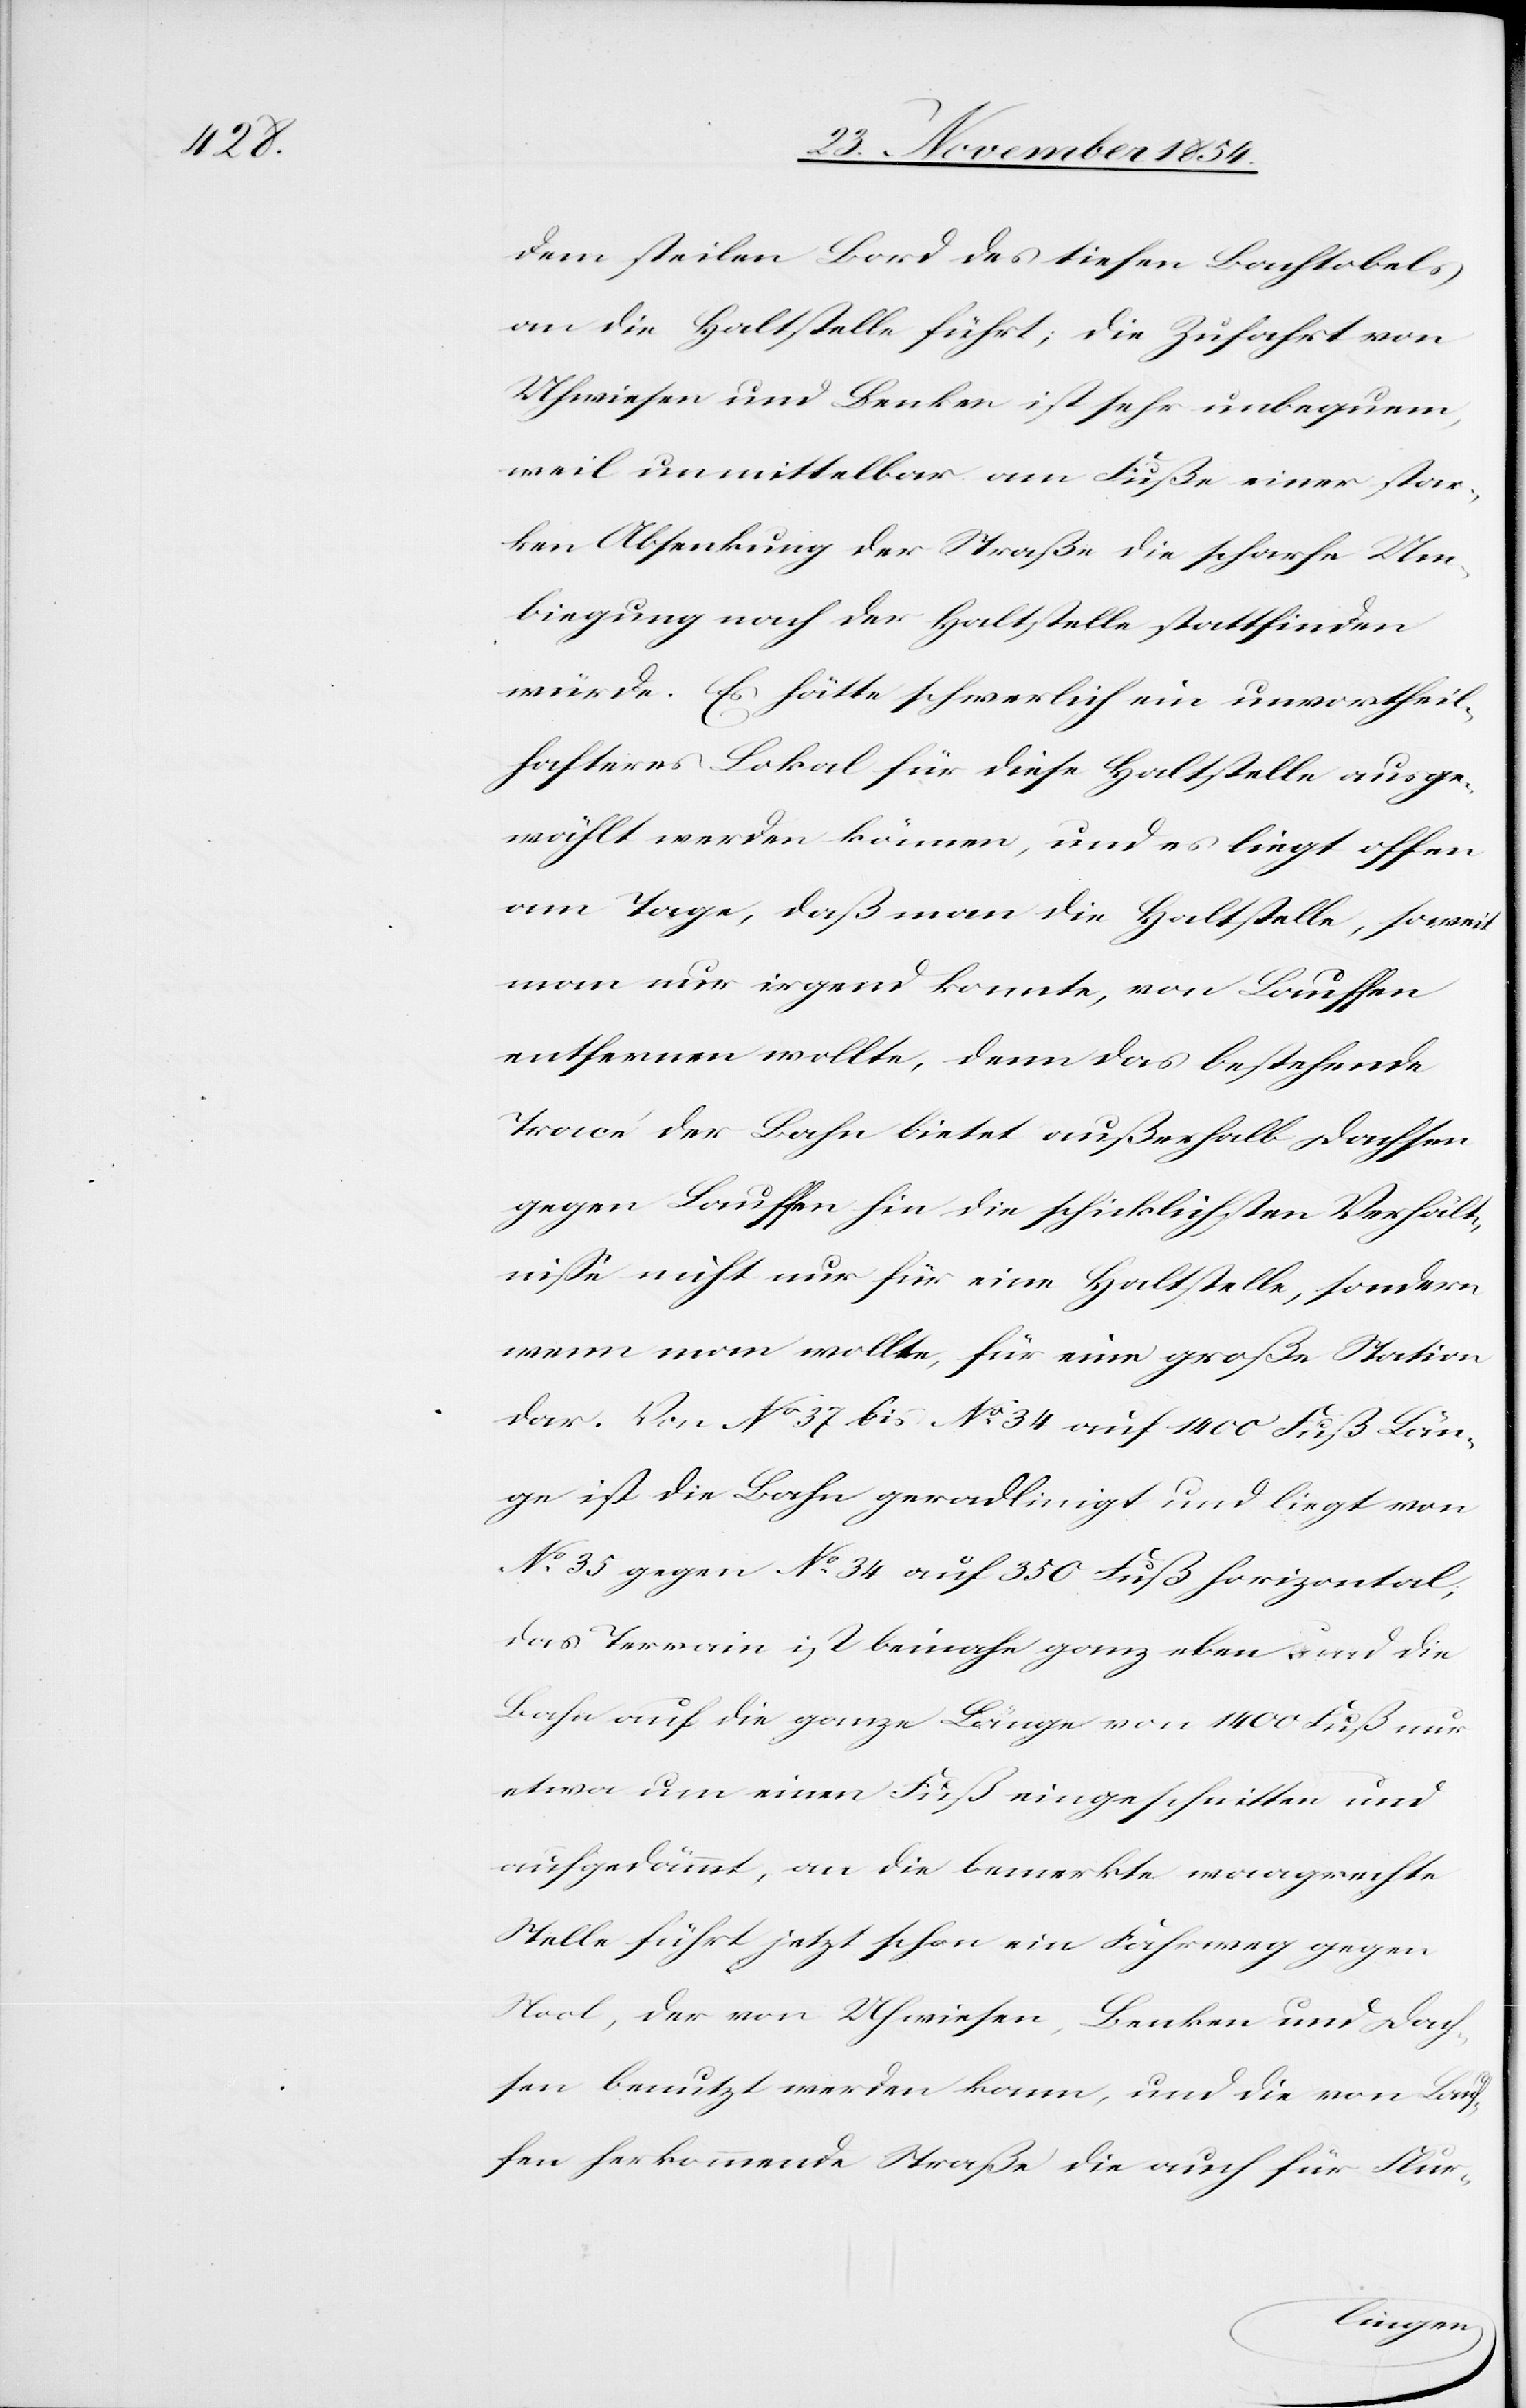
dem steilen Bord des tiefen Bachtobels
an die Haltstelle führt; die Zufahrt von
Uhweisen und Benken ist sehr unbequem,
weil unmittelbar am Fuße einer star¬
ken Absenkung der Straße die scharfe Um¬
biegung nach der Haltstelle stattfinden
würde. Es hätte schwerlich ein unvortheil¬
hafteres Lokal für diese Haltstelle ausge¬
wählt werden können, und es liegt offen
am Tage, daß man die Haltstelle, soweit
man nur irgend konnte, von Lauffen
entfernen wollte, denn das bestehende
Tracé der Bahn bietet außerhalb Dachsen
gegen Lauffen hin die schicklichsten Verhält¬
niße nicht nur für eine Haltstelle, sondern
wenn man wollte, für eine große Station
dar. Von No 37 bis No 34 auf 1400 Fuß Län¬
ge ist die Bahn geradlinigt und liegt von
No 35 gegen No 34 auf 350 Fuß horizontal;
das Terrain ist beinahe ganz eben und die
Bahn auf die ganze Länge von 1400 Fuß nur
etwa um einen Fuß eingeschnitten und
aufgedämmt, an die bemerkte waagrechte
Stelle führt jetzt schon ein Fahrweg gegen
Nool, der von Uhweisen, Benken und Dach¬
sen benutzt werden kann, und die von Lau¬
fen herkommende Straße die auch für Flur-